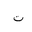
Letter: _ta